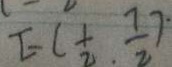
E ( \frac { 1 } { 2 } , \frac { 7 } { 2 } ) \cdot